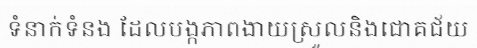
ទំនាក់ទំនង ដែលបង្កភាពងាយស្រួលនិងជោគជ័យ